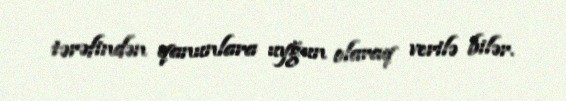
tərəfindən qanunlara uyğun olaraq verilə bilər.